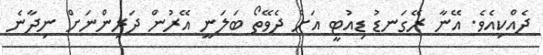
ދެއްކިއެވެ. އޭނާ ރޭގަނޑު ޑިއުޓީ އަށް ދެވޭތޯ ބަލަނީ އޭރުން ދަރިންނަށް ނިދާނެ